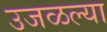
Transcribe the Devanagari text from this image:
उजळल्या